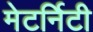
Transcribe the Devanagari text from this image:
मेटर्निटी